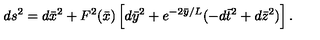
d s ^ { 2 } = d { \bar { x } } ^ { 2 } + F ^ { 2 } ( { \bar { x } } ) \left[ d { \bar { y } } ^ { 2 } + e ^ { - 2 { \bar { y } } / L } ( - d { \bar { t } } ^ { 2 } + d { \bar { z } } ^ { 2 } ) \right] .